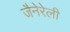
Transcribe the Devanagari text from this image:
जैनेरेली